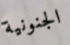
الجنونية